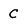
Character: c